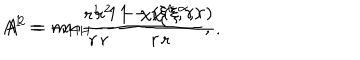
A ^ { 1 } = - m _ { H } \frac { r ^ { 2 } } { r } \frac { 1 - \chi ( \xi ^ { \alpha } , r ) } { r } , \hspace { 1 c m } A ^ { 2 } = m _ { H } \frac { r ^ { 1 } } { r } \frac { 1 - \chi ( \xi ^ { \alpha } , r ) } { r } ,